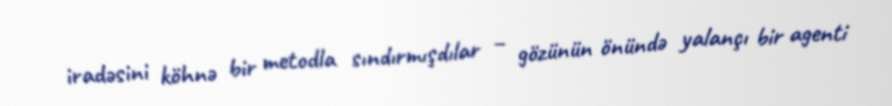
iradəsini köhnə bir metodla sındırmışdılar – gözünün önündə yalançı bir agenti